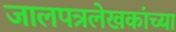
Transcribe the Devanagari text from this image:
जालपत्रलेखकांच्या